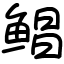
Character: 鲳